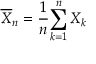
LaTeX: { \overline { { X } } } _ { n } = { \frac { 1 } { n } } { \sum _ { k = 1 } ^ { n } X _ { k } }